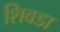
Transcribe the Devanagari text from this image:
शिवडा